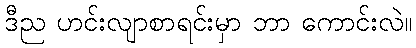
ဒီည ဟင်းလျာစာရင်းမှာ ဘာ ကောင်းလဲ။